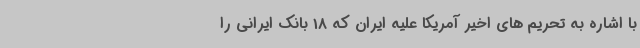
با اشاره به تحریم های اخیر آمریکا علیه ایران که 18 بانک ایرانی را